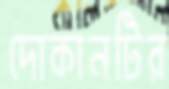
দোকানটির